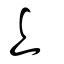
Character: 𠄏